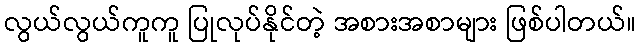
လွယ်လွယ်ကူကူ ပြုလုပ်နိုင်တဲ့ အစားအစာများ ဖြစ်ပါတယ်။